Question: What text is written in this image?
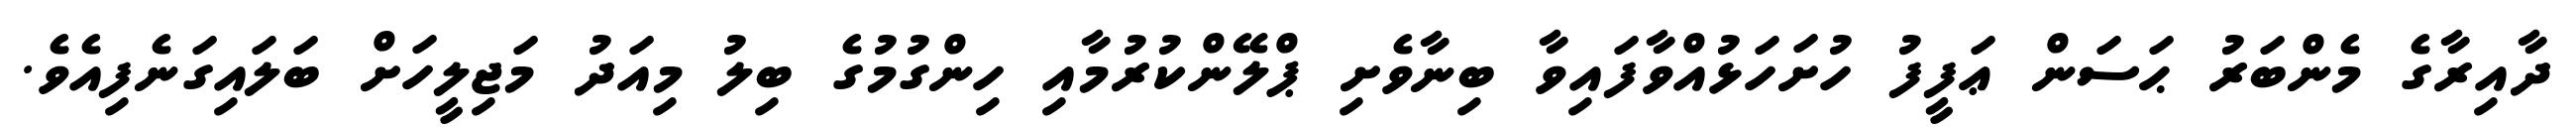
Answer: ދާއިރާގެ މެންބަރު ޙަސަން ޢަފީފު ހުށަހަޅުއްވާފައިވާ ބިނާވެށި ޕްލޭންކުރުމާއި ހިންގުމުގެ ބިލު މިއަދު މަޖިލީހަށް ބަލައިގަނެފިއެވެ.